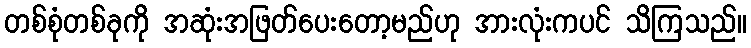
တစ်စုံတစ်ခုကို အဆုံးအဖြတ်ပေးတော့မည်ဟု အားလုံးကပင် သိကြသည်။